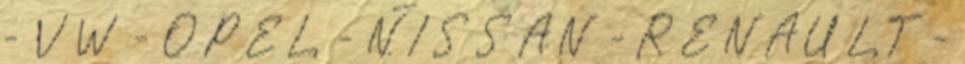
– VW – OPEL – NISSAN – RENAULT –